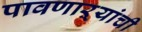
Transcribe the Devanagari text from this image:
पावणाऱ्यांची